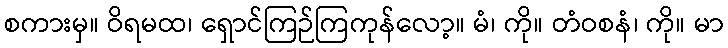
စကားမှ။ ဝိရမထ၊ ရှောင်ကြဉ်ကြကုန်လော့။ မံ၊ ကို။ တံဝစနံ၊ ကို။ မာ